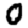
Digit: 0